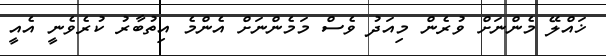
ޚައްލޭ މެންނަށް ވުރެން މިއަދު ވެސް މަމެންނަށް އެންމެ އިތުބާރު ކުރެވެނީ އެއީ